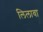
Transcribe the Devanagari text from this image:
लिलावा